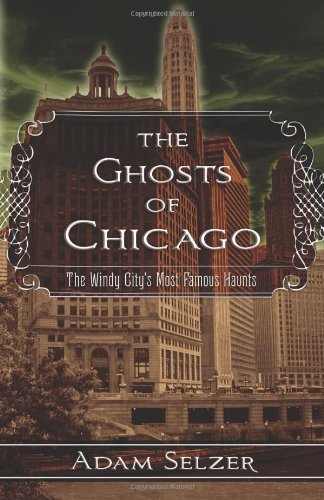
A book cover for The Ghosts of Chicago: The Windy City's Most Famous Haunts; Adam Selzer; Religion & Spirituality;